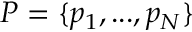
P = \{ p _ { 1 } , . . . , p _ { N } \}